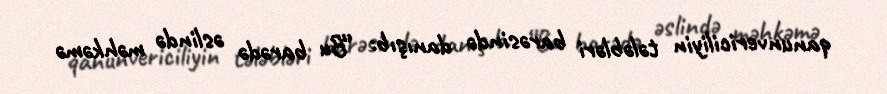
qanunvericiliyin tələbləri barəsində danışıb: “Bu barədə əslində məhkəmə